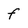
Character: f